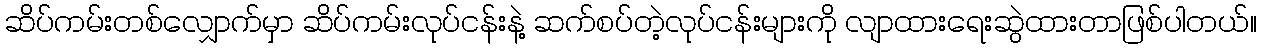
ဆိပ်ကမ်းတစ်လျှောက်မှာ ဆိပ်ကမ်းလုပ်ငန်းနဲ့ ဆက်စပ်တဲ့လုပ်ငန်းများကို လျာထားရေးဆွဲထားတာဖြစ်ပါတယ်။